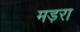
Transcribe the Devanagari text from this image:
मड़रा